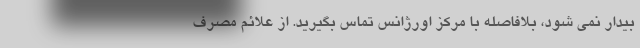
بیدار نمی شود، بلافاصله با مرکز اورژانس تماس بگیرید. از علائم مصرف